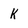
Character: k